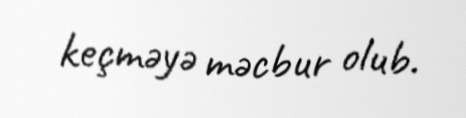
keçməyə məcbur olub.